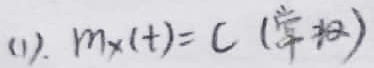
(1). $M_X(t)=C$ (常数)